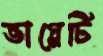
ভাগ্নেটি